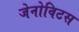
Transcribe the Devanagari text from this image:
जेनोविटस